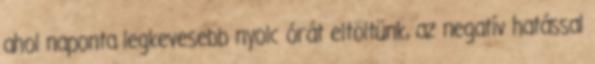
ahol naponta legkevesebb nyolc órát eltöltünk, az negatív hatással